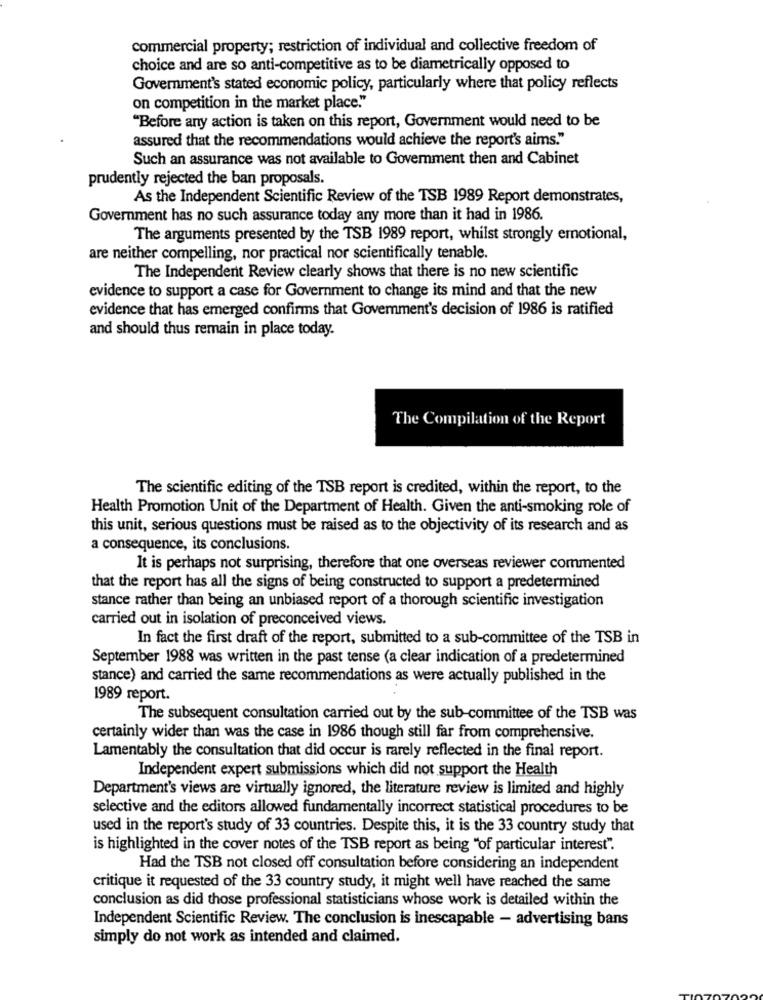
commercial property; restriction of individual and collective freedom of
choice and are so anti-competitive as to be diametrically opposed to
Government's stated economic policy, particularly where that policy reflects
on competition in the market place."
"Before any action is taken on this report, Government would need to be
assured that the recommendations would achieve the report's aims."
Such an assurance was not available to Government then and Cabinet
prudently rejected the ban proposals.
As the Independent Scientific Review of the TSB 1989 Report demonstrates,
Government has no such assurance today any more than it had in 1986.
The arguments presented by the TSB 1989 report, whilst strongly emotional,
are neither compelling, nor practical nor scientifically tenable.
The Independent Review clearly shows that there is no new scientific
evidence to support a case for Government to change its mind and that the new
evidence that has emerged confirms that Government's decision of 1986 is ratified
and should thus remain in place today.
The Compilation of the Report
The scientific editing of the TSB report is credited, within the report, to the
Health Promotion Unit of the Department of Health. Given the anti-smoking role of
this unit, serious questions must be raised as to the objectivity of its research and as
a consequence, its conclusions.
It is perhaps not surprising, therefore that one overseas reviewer commented
that the report has all the signs of being constructed to support a predetermined
stance rather than being an unbiased report of a thorough scientific investigation
carried out in isolation of preconceived views.
In fact the first draft of the report, submitted to a sub-committee of the TSB in
September 1988 was written in the past tense (a clear indication of a predetermined
stance) and carried the same recommendations as were actually published in the
1989 report.
The subsequent consultation carried out by the sub-committee of the TSB was
certainly wider than was the case in 1986 though still far from comprehensive.
Lamentably the consultation that did occur is rarely reflected in the final report.
Independent expert submissions which did not support the Health
Department's views are virtually ignored, the literature review is limited and highly
selective and the editors allowed fundamentally incorrect statistical procedures to be
used in the report's study of 33 countries. Despite this, it is the 33 country study that
is highlighted in the cover notes of the TSB report as being "of particular interest".
Had the TSB not closed off consultation before considering an independent
critique it requested of the 33 country study, it might well have reached the same
conclusion as did those professional statisticians whose work is detailed within the
Independent Scientific Review. The conclusion is inescapable - advertising bans
simply do not work as intended and claimed.